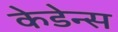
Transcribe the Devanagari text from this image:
केडेन्स